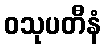
ဝသုပတီနံ